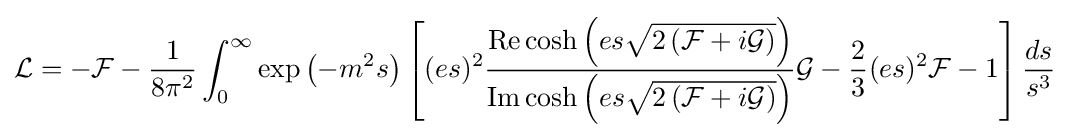
{\mathcal {L}}=-{\mathcal {F}}-{\frac {1}{8\pi ^{2}}}\int _{0}^{\infty }\exp \left(-m^{2}s\right)\left[(es)^{2}{\frac {\operatorname {Re} \cosh \left(es{\sqrt {2\left({\mathcal {F}}+i{\mathcal {G}}\right)}}\right)}{\operatorname {Im} \cosh \left(es{\sqrt {2\left({\mathcal {F}}+i{\mathcal {G}}\right)}}\right)}}{\mathcal {G}}-{\frac {2}{3}}(es)^{2}{\mathcal {F}}-1\right]{\frac {ds}{s^{3}}}